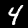
Label: 4